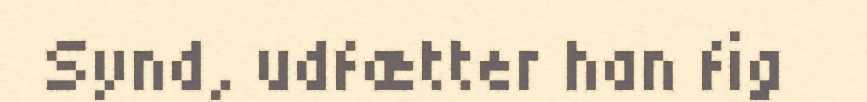
Synd, udfætter han fig